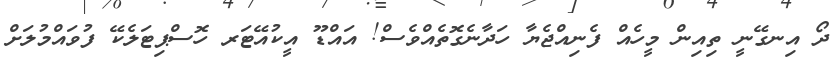
ދޯ އިނގޭނީ ތިއިން މީހެއް ފެނިއްޖެޔާ ހަދާނެގޮތެއްވެސް! އައްޑޫ އީކުއޭޓަރ ހޮސްޕިޓަލެކޭ ފުވައްމުލަށް